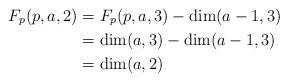
LaTeX: \begin{align*}F_p(p,a,2)&=F_p(p,a,3)-\dim(a-1,3)\cr&=\dim(a,3)-\dim(a-1,3)\cr&=\dim(a,2)\end{align*}